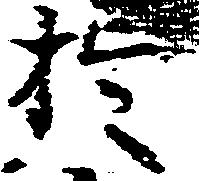
於